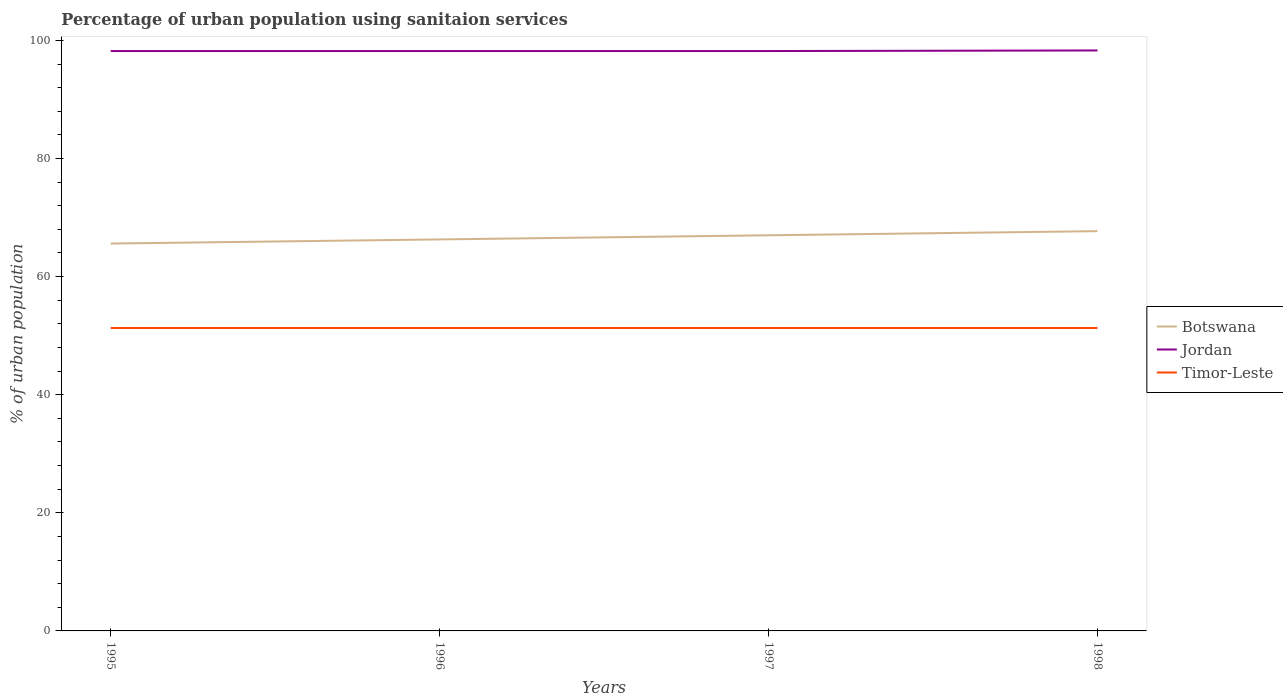
| Years | Botswana | Jordan | Timor-Leste |
 | --- | --- | --- | --- |
 | 1995 | 65.6 | 98.2 | 51.3 |
 | 1996 | 66.3 | 98.2 | 51.3 |
 | 1997 | 67 | 98.2 | 51.3 |
 | 1998 | 67.7 | 98.3 | 51.3 |